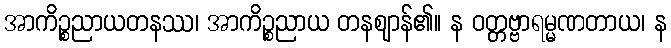
အာကိဉ္စညာယတနဿ၊ အာကိဉ္စညာယ တနဈာန်၏။ န ဝတ္တဗ္ဗာရမ္မဏတာယ၊ န